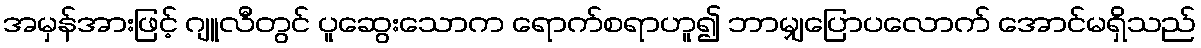
အမှန်အားဖြင့် ဂျူလီတွင် ပူဆွေးသောက ရောက်စရာဟူ၍ ဘာမျှပြောပလောက် အောင်မရှိသည်